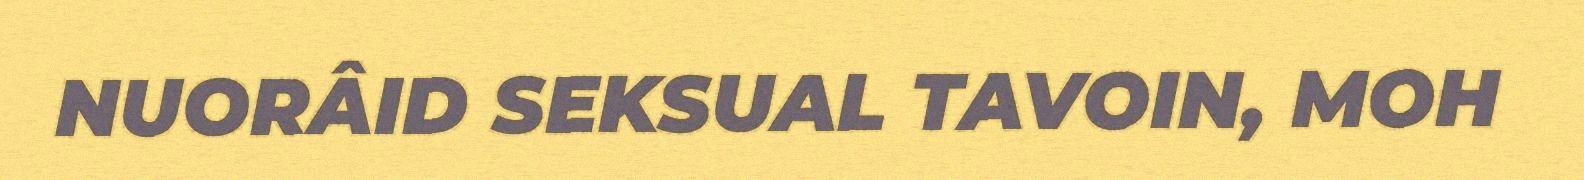
NUORÂID SEKSUAL TAVOIN, MOH